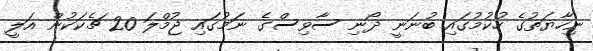
ނިހާޔަތުގެ ހުކުމުގައި ބުނަނީ ދޯނި ސާވިސްގެ ނަމުގައި ޖުމްލަ 20 ޗެކަކުން އަލީ